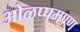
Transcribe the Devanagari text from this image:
ओळप्पमण्ण